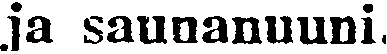
ja saunanuuni.